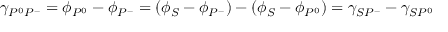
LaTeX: \gamma _ { P ^ { 0 } P ^ { - } } = \phi _ { P ^ { 0 } } - \phi _ { P ^ { - } } = ( \phi _ { S } - \phi _ { P ^ { - } } ) - ( \phi _ { S } - \phi _ { P ^ { 0 } } ) = \gamma _ { S P ^ { - } } - \gamma _ { S P ^ { 0 } }